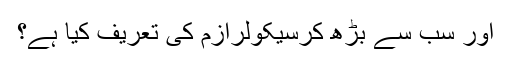
اور سب سے بڑھ کرسیکولرازم کی تعریف کیا ہے؟